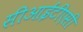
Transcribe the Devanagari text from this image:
सीआईटीएसी